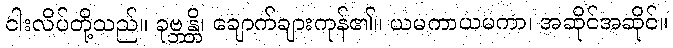
ငါးလိပ်တို့သည်။ ခုဗ္ဘန္တိ၊ ချောက်ချားကုန်၏။ ယမကာယမကာ၊ အဆိုင်အဆိုင်။